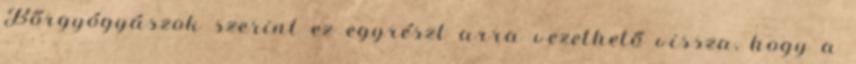
Bőrgyógyászok szerint ez egyrészt arra vezethető vissza, hogy a